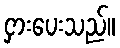
ငှားပေးသည်။